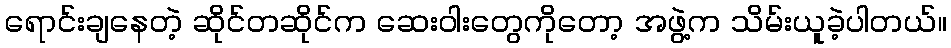
ရောင်းချနေတဲ့ ဆိုင်တဆိုင်က ဆေးဝါးတွေကိုတော့ အဖွဲ့က သိမ်းယူခဲ့ပါတယ်။